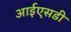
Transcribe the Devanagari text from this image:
आईएसडी